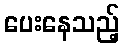
ပေးနေသည့်